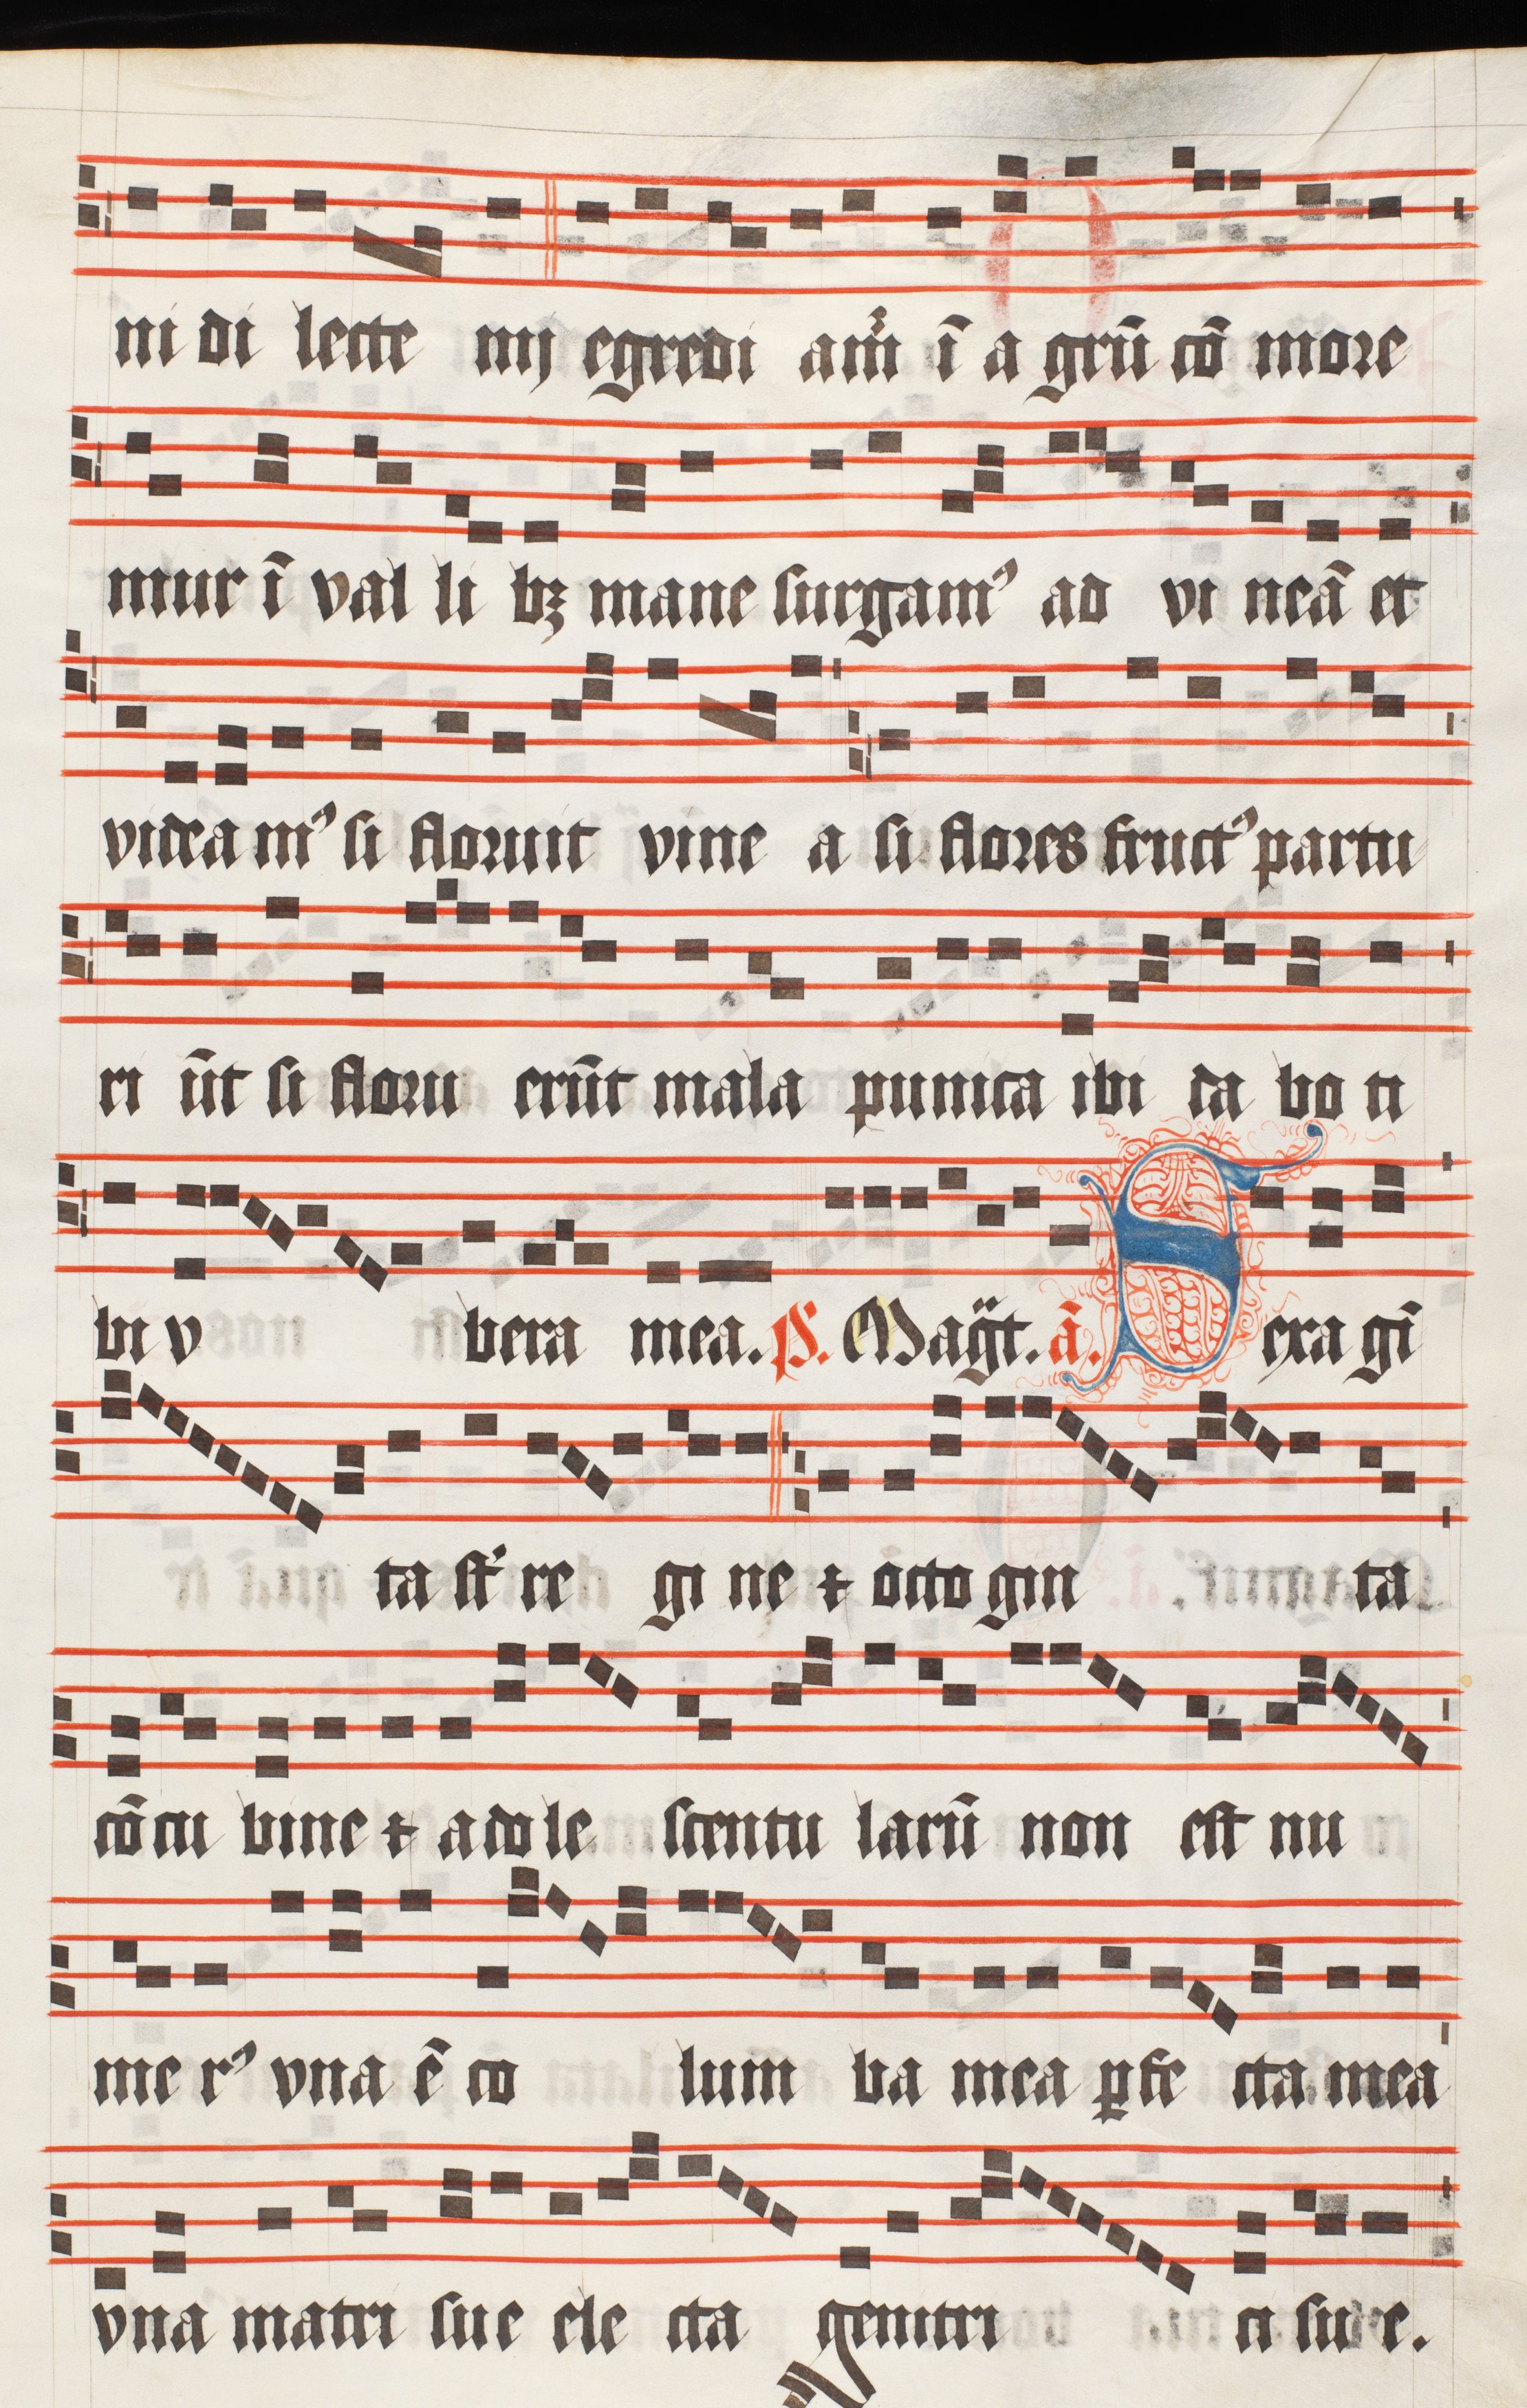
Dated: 1510–1517